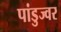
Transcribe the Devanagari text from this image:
पांडुज्वर